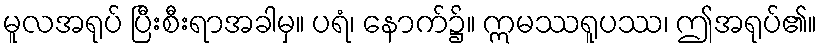
မူလအရုပ် ပြီးစီးရာအခါမှ။ ပရံ၊ နောက်၌။ ဣမဿရူပဿ၊ ဤအရုပ်၏။